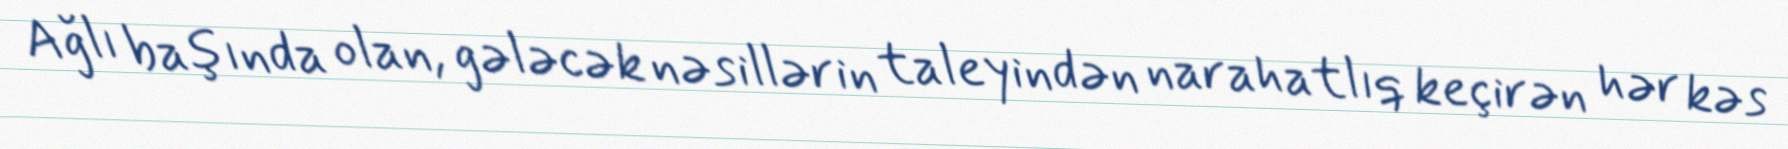
Ağlı başında olan, gələcək nəsillərin taleyindən narahatlıq keçirən hər kəs